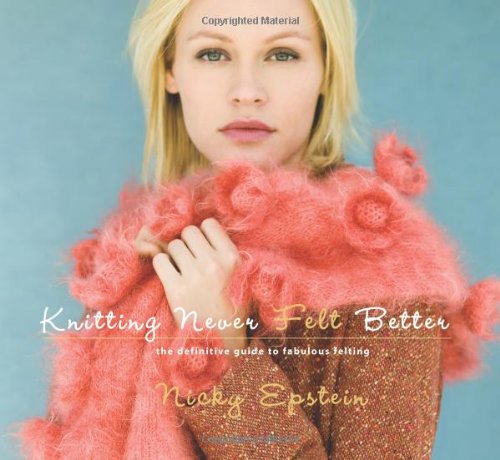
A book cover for Knitting Never Felt Better: The Definitive Guide to Fabulous Felting; Nicky Epstein; Crafts, Hobbies & Home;